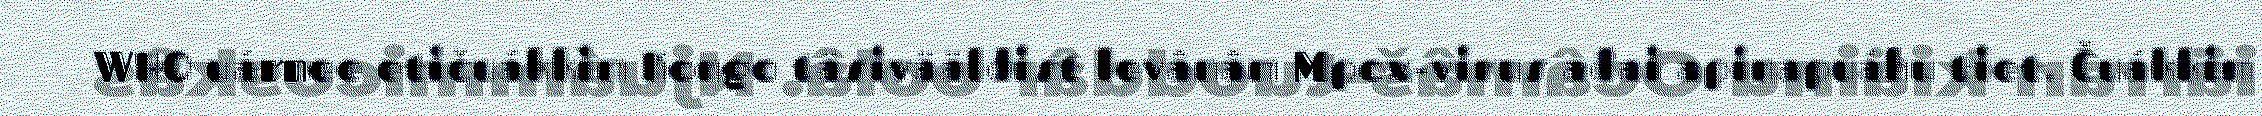
WHO uárnee etičuákkim Kongo täsivääldist levânâm Mpox-virus ađai apinapuáhu tiet. Čuákkim